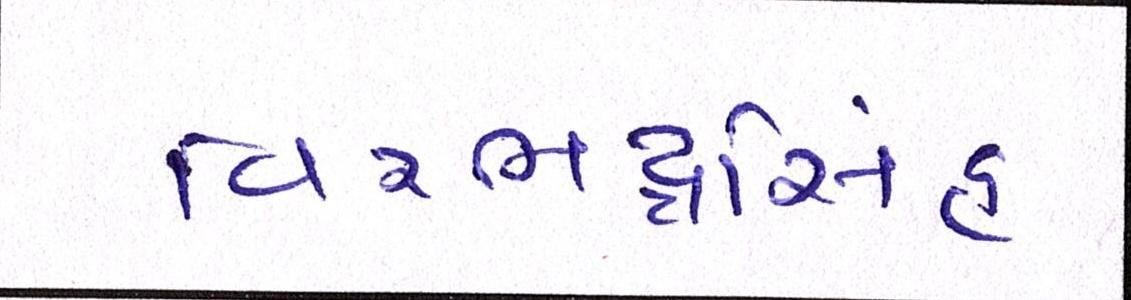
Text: વિરભદ્રસિંહ